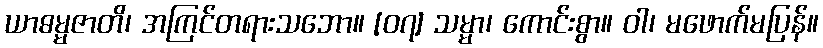
ယာဓမ္မဇာတိ၊ အကြင်တရားသဘော။ [၀၇] သမ္မာ၊ ကောင်းစွာ။ ဝါ၊ မဖောက်မပြန်။